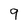
Character: 9